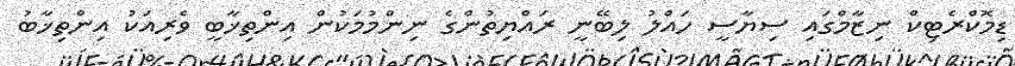
ޑިމޮކްރެޓިކް ނިޒާމްގައި ސިޔާސީ ހައްލު ލިބޭނީ ރައްޔިތުންގެ ނިންމުމަކުން އިންތިޚާބީ ވެރިއަކު އިންތިޚާބު